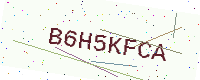
Text: B6H5KFCA